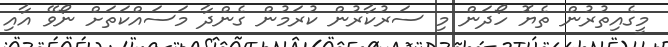
މީގެއިތުރުން ތެޔޮ ހޯދަން މި ސަރުކާރުން ކުރަމުން ގެންދާ މަސައްކަތަށް ނޯވޭ އާއި